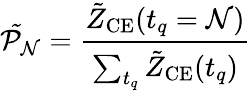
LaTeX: \mathcal{\tilde{P}_{N}}=\frac{\tilde{Z}_{\mathrm{CE}}(t_{q}=\mathcal{N})}{\sum_{t_{q}}\tilde{Z}_{\mathrm{CE}}(t_{q})}